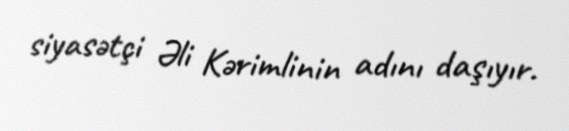
siyasətçi Əli Kərimlinin adını daşıyır.